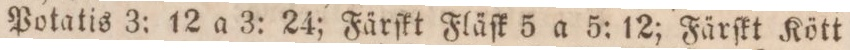
Potatis 3: 12 a 3: 24; Färſkt Fläſk 5 a 5: 12; Färſkt Kött